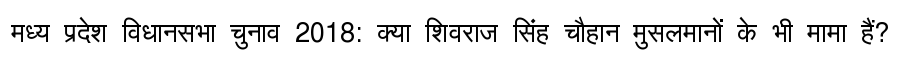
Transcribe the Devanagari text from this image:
मध्य प्रदेश विधानसभा चुनाव 2018: क्या शिवराज सिंह चौहान मुसलमानों के भी मामा हैं?